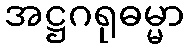
အဋ္ဌဂရုဓမ္မာ